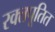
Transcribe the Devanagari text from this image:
रक्तपूतित